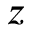
z